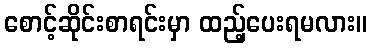
စောင့်ဆိုင်းစာရင်းမှာ ထည့်ပေးရမလား။